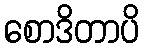
စောဒိတာပိ